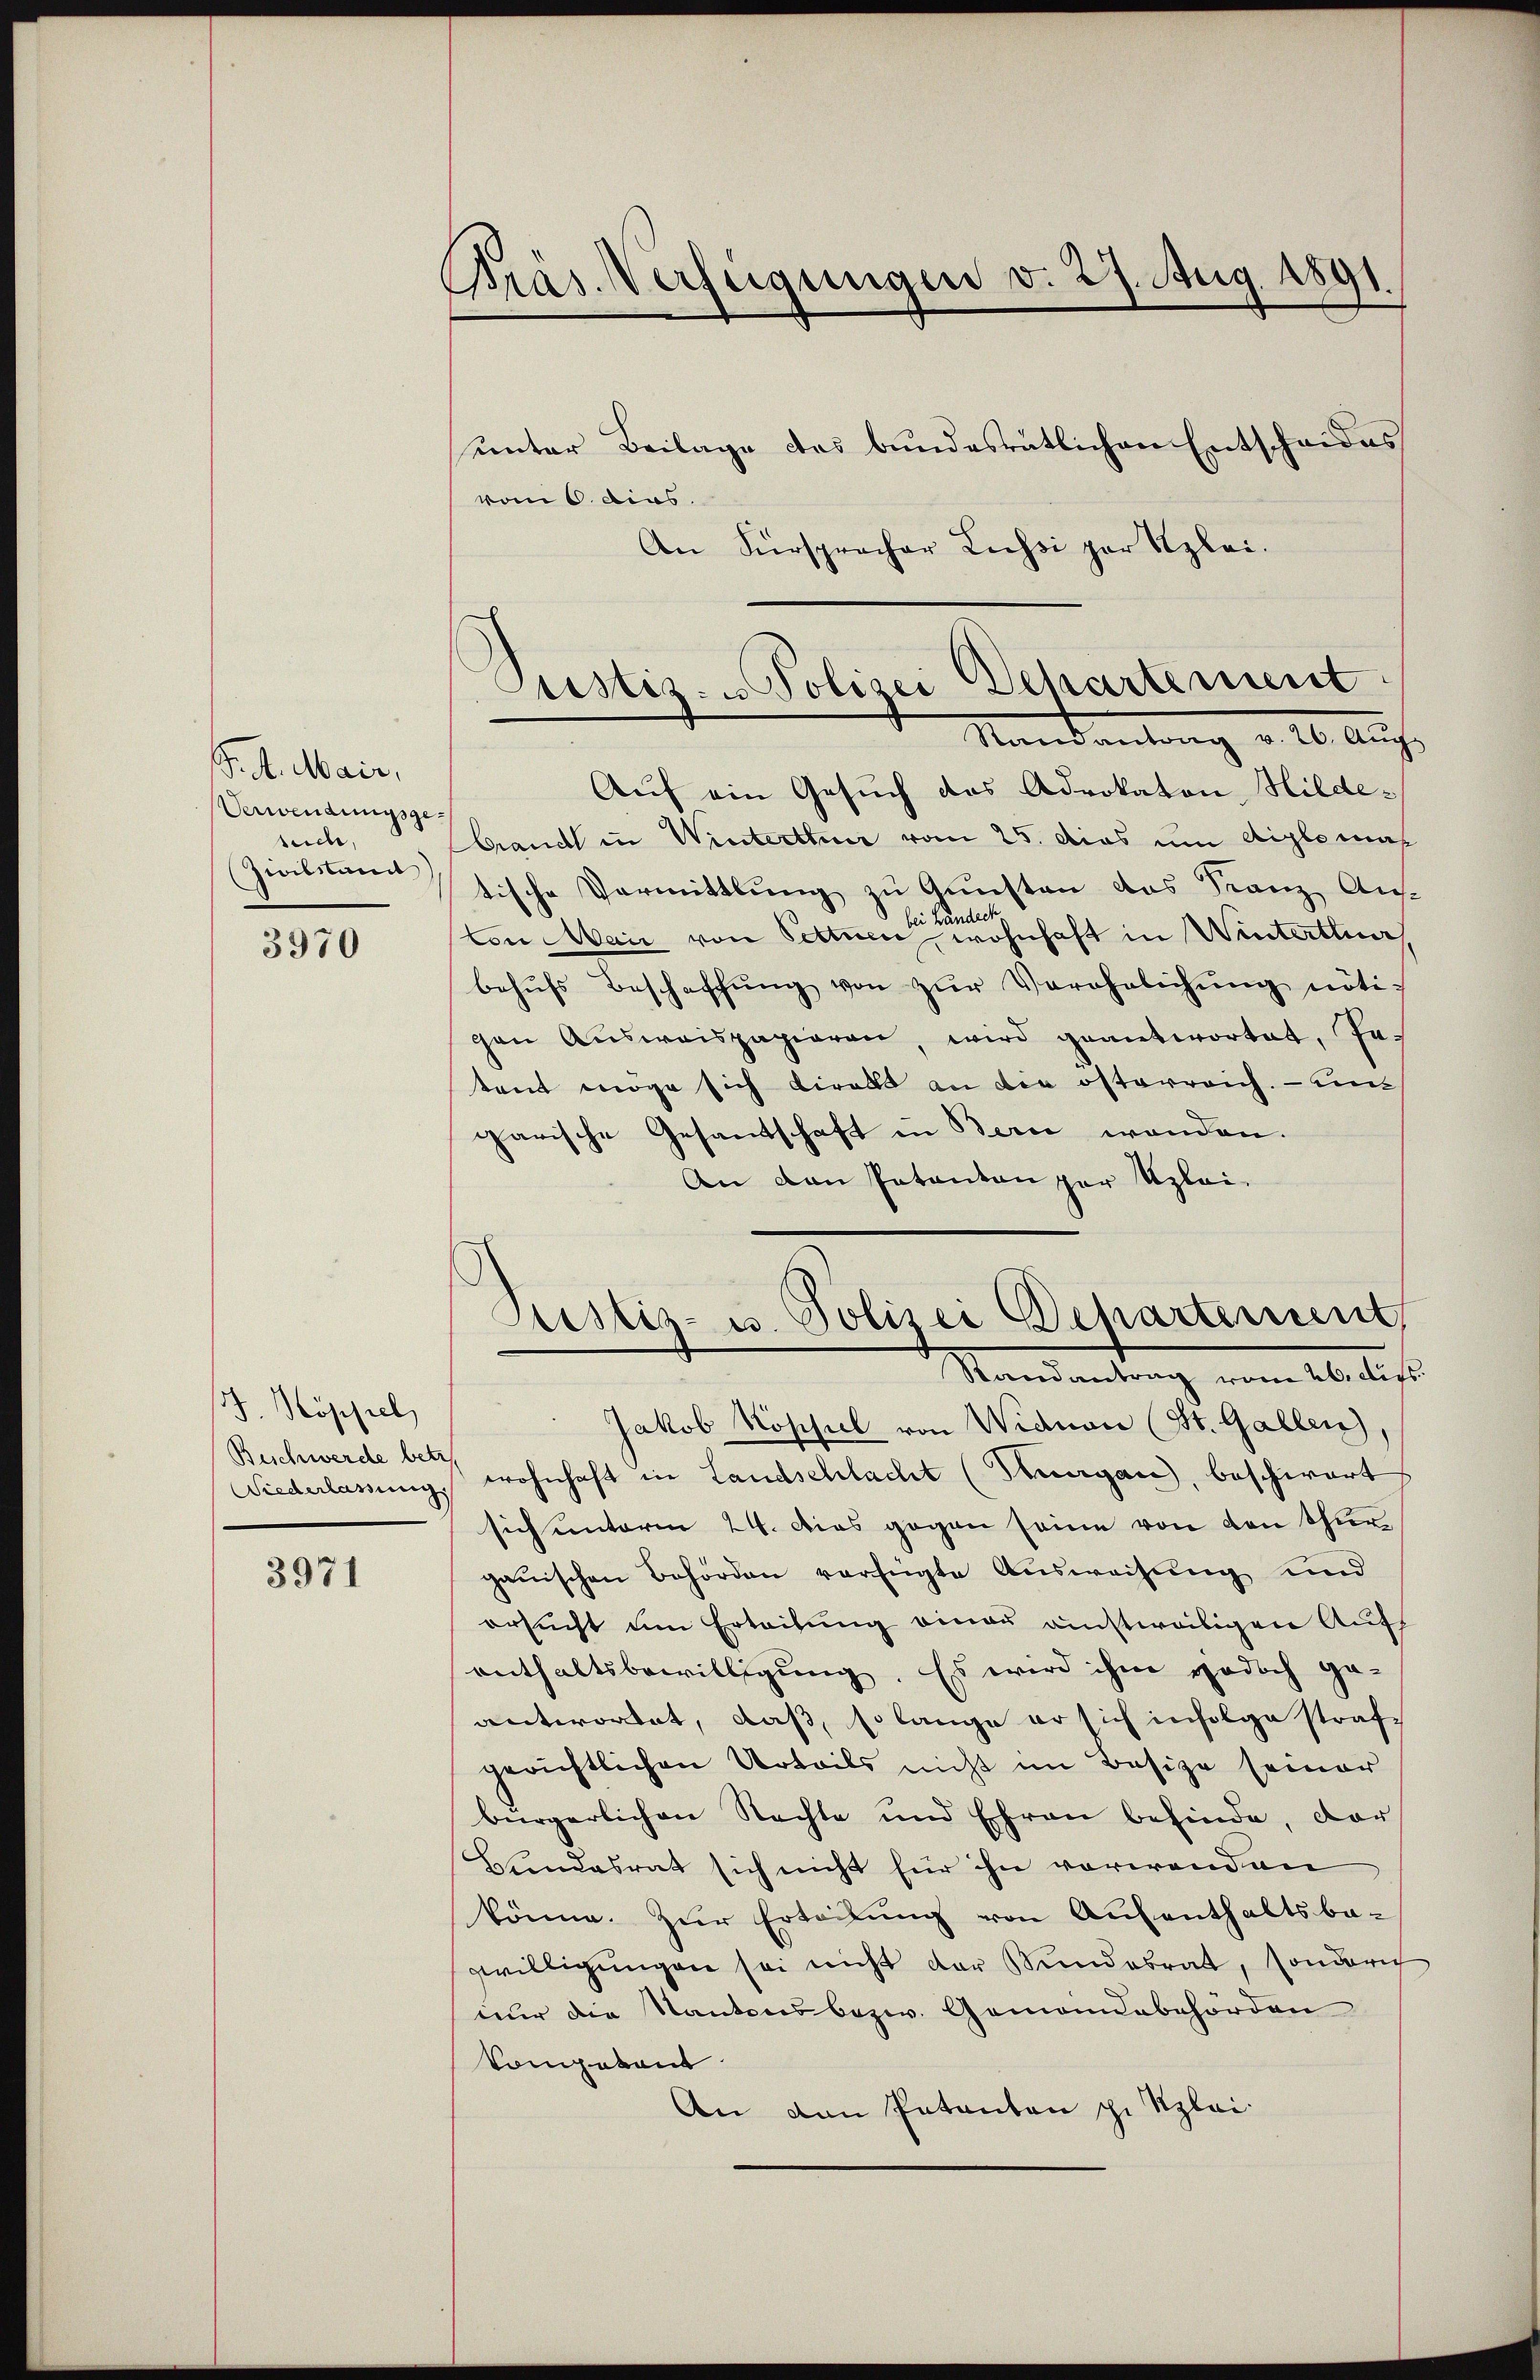
Pret. Mair,
Verwendungsgesuche,
Zivilstand)

3970

J. Hoppel
Beschwerde betr.
Siederlassung,

3971

Präs. Verfügungen v. 27. Aug. 1891.

vom 6. dies.
An Fürspracher Lussi par Szlei.

unter Beilage das bundesrätlichen Entscheides

Justiz- u Polizei Departement
Randantrag v. 20. Aug.

Auf ein Gesuch das Advokaton Hilde¬
Brandl in Winterthur vom 25. dies um diplomatische Vormittlung zu Gunsten das Franz Aus-
d
ton Mai von Settuen, wohnhaft in Winterthur,
behŭfs Beschaffŭng von zŭr Verehelichŭng nötigen Aŭsweispapieren, wird geantwortet, getant möge sich viralt an die österreich. – un
garische Gesandschaft in Bern wenden.
An den Patanton par Uzlei-

Justiz- u. Polizei Departement,
Randantrag vom 26. dess.

Jakob Rospiel von Widmen (St. Gallen)
wohnhaft in Landschlacht (Thurgau, beschwarts
sich unterm 24. Dies gegen seine von den Thurgauischen Behörden verfügte Ausweisung und
ersucht um Erteilung einau ausweiligen Aufs
enthaltsbewilligung. Es wird ihm jedoch ge-
antwortet, daß, so lange er sich infolge strafgerichtlichen Urteils nicht im Besize seiner
bürgerlichen Nachte und Ehren befinde, dar
Bundesrat sich nicht für ihn vorwenden
könne. Zur Erteilung von Aufenthaltsbe-
zwilligungen sei nicht der Stundesrat, sonderig
nur die Kantons bezw. Gemandebehörden
kompetent
An den Petenten zu Klei